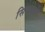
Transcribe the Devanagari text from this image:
सिन्दुवार